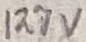
Text: 127V